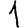
Digit: 1